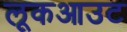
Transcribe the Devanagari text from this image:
लूकआउट